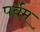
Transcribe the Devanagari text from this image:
पर्वम